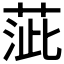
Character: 𦴢